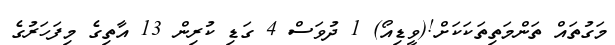
މަގުތައް ތަންމަތިތަކަކަށް!(ވީޑިއޯ) 1 ދުވަސް 4 ގަޑި ކުރިން 13 އާތިގެ މިފަހަރުގެ